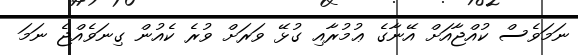
ނަމަވެސް ކުއްޖާއަށް އޭނާގެ ޢުމުރާއި ގުޅޭ ވަރަށް ވުރެ ކެއުން ގިނަވެއްޖެ ނަމަ